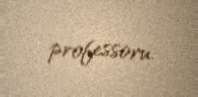
professoru.